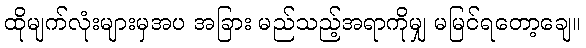
ထိုမျက်လုံးများမှအပ အခြား မည်သည့်အရာကိုမျှ မမြင်ရတော့ချေ။